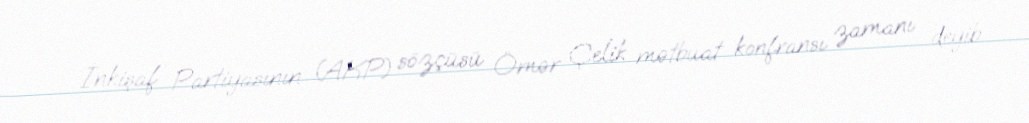
İnkişaf Partiyasının (AKP) sözçüsü Ömər Çelik mətbuat konfransı zamanı deyib.